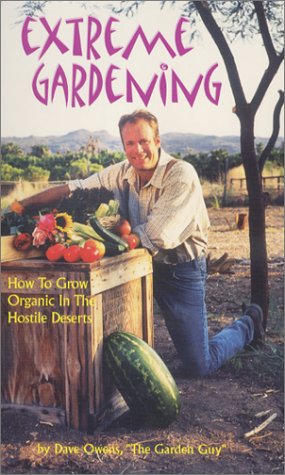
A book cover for Extreme Gardening: How to Grow Organic in the Hostile Deserts; David Owens; Crafts, Hobbies & Home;